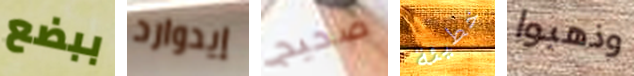
ببضع إيدوارد صحيح خطيئة وذهبوا